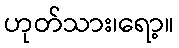
ဟုတ်သား၊ရော့။